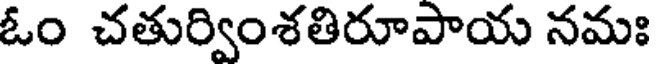
ఓం చతుర్వింశతిరూపాయ నమః